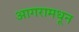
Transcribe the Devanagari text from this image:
आगरामधून